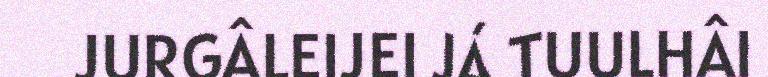
JURGÂLEIJEI JÁ TUULHÂI